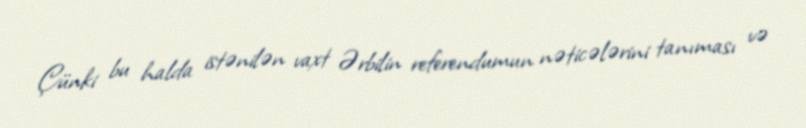
Çünki bu halda istənilən vaxt Ərbilin referendumun nəticələrini tanıması və